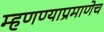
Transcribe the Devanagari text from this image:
म्हणण्याप्रमाणेच